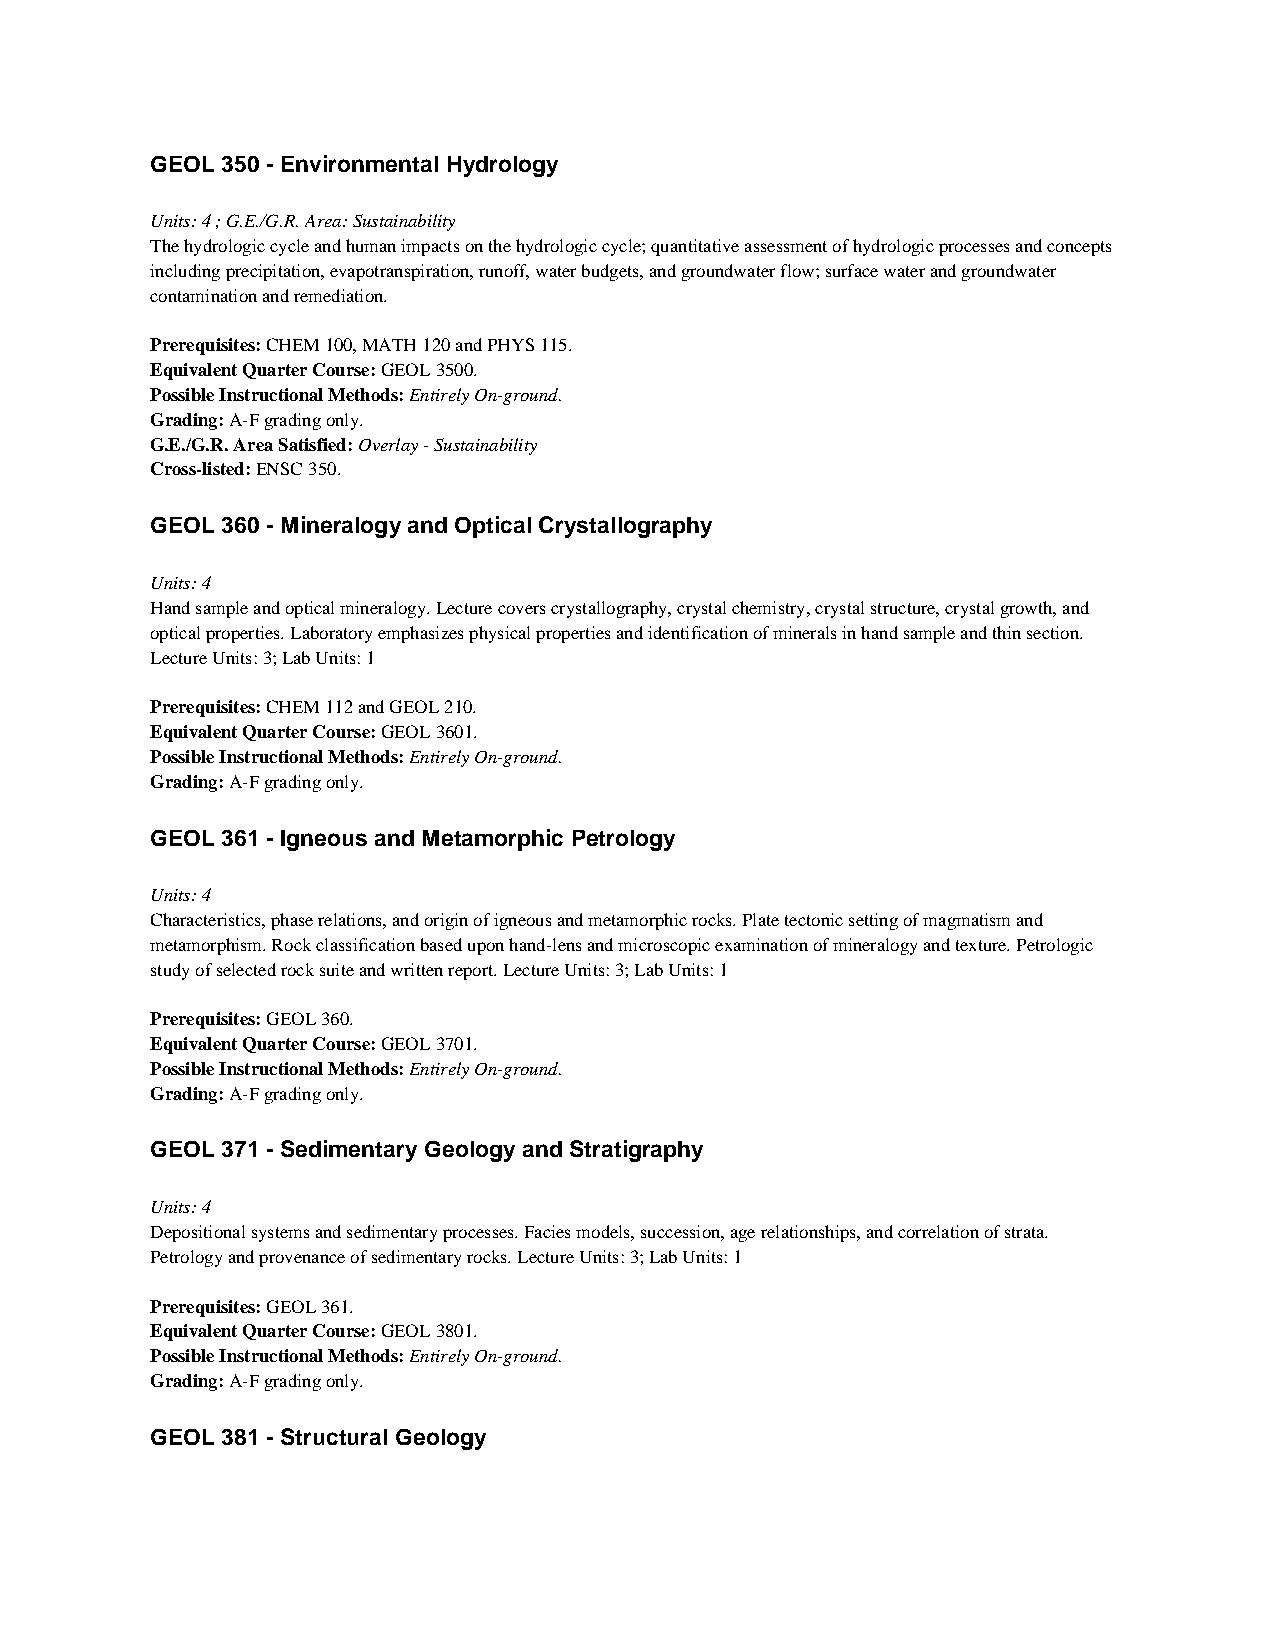
GEOL 350 - Environmental Hydrology
 Units: 4 ; G.E./G.R. Area: Sustainability
 The hydrologic cycle and human impacts on the hydrologic cycle; quantitative assessment of hydrologic processes and concepts
 including precipitation, evapotranspiration, runoff, water budgets, and groundwater flow; surface water and groundwater
 contamination and remediation.
 Prerequisites: CHEM 100, MATH 120 and PHYS 115.
 Equivalent Quarter Course: GEOL 3500.
 Possible Instructional Methods: Entirely On-ground.
 Grading: A-F grading only.
 G.E./G.R. Area Satisfied: Overlay - Sustainability
 Cross-listed: ENSC 350.
 GEOL 360 - Mineralogy and Optical Crystallography
 Units: 4
 Hand sample and optical mineralogy. Lecture covers crystallography, crystal chemistry, crystal structure, crystal growth, and
 optical properties. Laboratory emphasizes physical properties and identification of minerals in hand sample and thin section.
 Lecture Units: 3; Lab Units: 1
 Prerequisites: CHEM 112 and GEOL 210.
 Equivalent Quarter Course: GEOL 3601.
 Possible Instructional Methods: Entirely On-ground.
 Grading: A-F grading only.
 GEOL 361 - Igneous and Metamorphic Petrology
 Units: 4
 Characteristics, phase relations, and origin of igneous and metamorphic rocks. Plate tectonic setting of magmatism and
 metamorphism. Rock classification based upon hand-lens and microscopic examination of mineralogy and texture. Petrologic
 study of selected rock suite and written report. Lecture Units: 3; Lab Units: 1
 Prerequisites: GEOL 360.
 Equivalent Quarter Course: GEOL 3701.
 Possible Instructional Methods: Entirely On-ground.
 Grading: A-F grading only.
 GEOL 371 - Sedimentary Geology and Stratigraphy
 Units: 4
 Depositional systems and sedimentary processes. Facies models, succession, age relationships, and correlation of strata.
 Petrology and provenance of sedimentary rocks. Lecture Units: 3; Lab Units: 1
 Prerequisites: GEOL 361.
 Equivalent Quarter Course: GEOL 3801.
 Possible Instructional Methods: Entirely On-ground.
 Grading: A-F grading only.
 GEOL 381 - Structural Geology